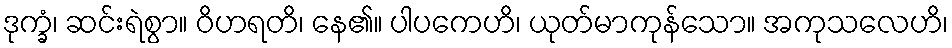
ဒုက္ခံ၊ ဆင်းရဲစွာ။ ဝိဟရတိ၊ နေ၏။ ပါပကေဟိ၊ ယုတ်မာကုန်သော။ အကုသလေဟိ၊